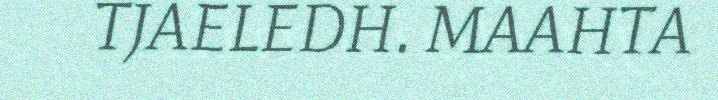
TJAELEDH. MAAHTA